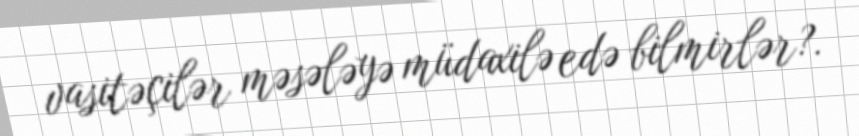
vasitəçilər məsələyə müdaxilə edə bilmirlər?.